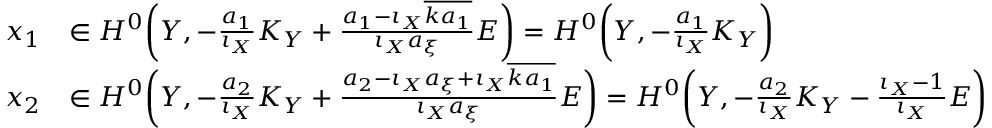
\begin{array} { r l } { x _ { 1 } } & { \in H ^ { 0 } \bigg ( Y , - \frac { a _ { 1 } } { \iota _ { X } } K _ { Y } + \frac { a _ { 1 } - \iota _ { X } \overline { { k a _ { 1 } } } } { \iota _ { X } a _ { \xi } } E \bigg ) = H ^ { 0 } \bigg ( Y , - \frac { a _ { 1 } } { \iota _ { X } } K _ { Y } \bigg ) } \\ { x _ { 2 } } & { \in H ^ { 0 } \bigg ( Y , - \frac { a _ { 2 } } { \iota _ { X } } K _ { Y } + \frac { a _ { 2 } - \iota _ { X } a _ { \xi } + \iota _ { X } \overline { { k a _ { 1 } } } } { \iota _ { X } a _ { \xi } } E \bigg ) = H ^ { 0 } \bigg ( Y , - \frac { a _ { 2 } } { \iota _ { X } } K _ { Y } - \frac { \iota _ { X } - 1 } { \iota _ { X } } E \bigg ) } \end{array}